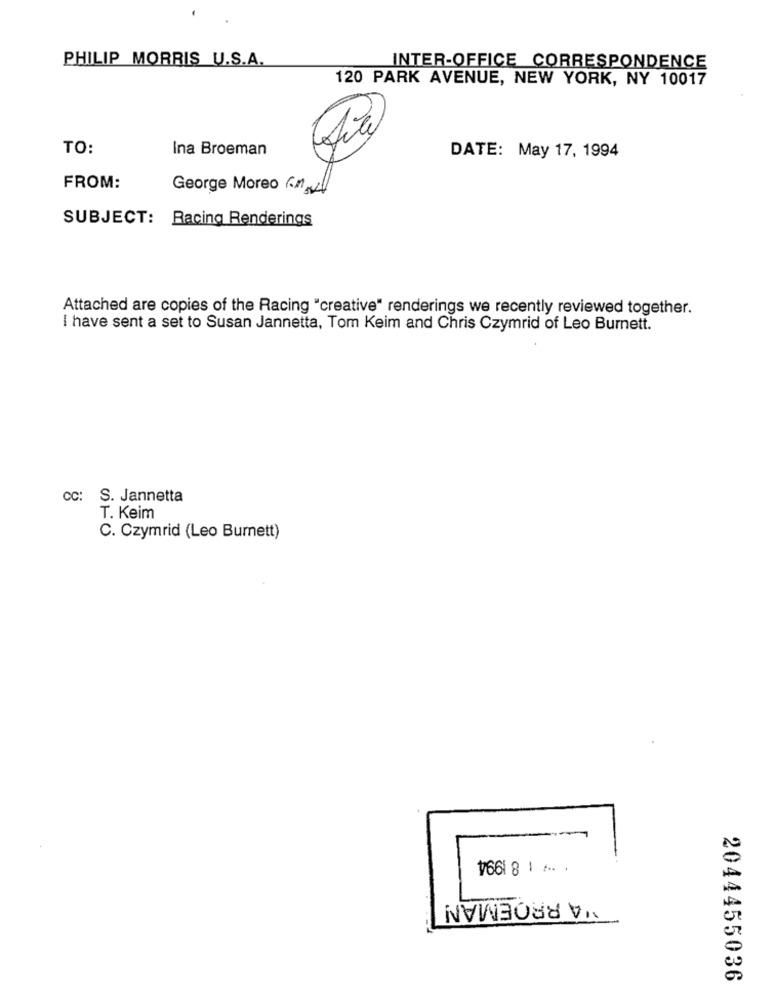
PHILIP MORRIS U.S.A.
INTER-OFFICE CORRESPONDENCE
120 PARK AVENUE, NEW YORK, NY 10017
TO:
Ina Broeman
DATE: May 17, 1994
FROM:
George Moreo 61,4
SUBJECT: Racing Renderings
Attached are copies of the Racing "creative" renderings we recently reviewed together.
I have sent a set to Susan Jannetta, Tom Keim and Chris Czymrid of Leo Burnett.
CC:
S. Jannetta
T. Keim
C. Czymrid (Leo Burnett)
CO
VARROEMAN
2044455036